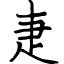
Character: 疌